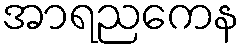
အာရညကေန